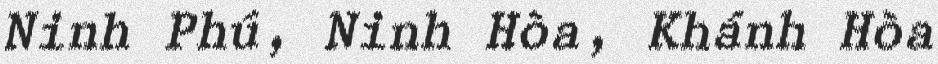
Ninh Phú, Ninh Hòa, Khánh Hòa